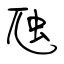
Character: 虺